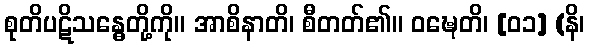
စုတိပဋိသန္ဓေတို့ကို။ အာစိနာတိ၊ စီတတ်၏။ ဝဍ္ဎေတိ၊ [၀၁] (နိ၊